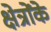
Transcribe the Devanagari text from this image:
क्षेत्रोंके